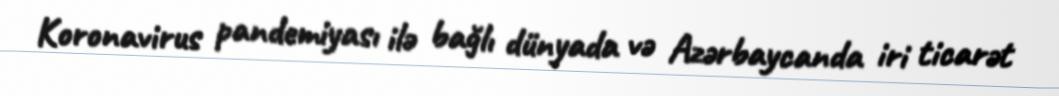
Koronavirus pandemiyası ilə bağlı dünyada və Azərbaycanda iri ticarət